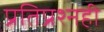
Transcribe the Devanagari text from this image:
प्रतिप्रश्‍नही